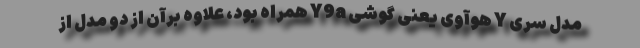
مدل سری Y هوآوی یعنی گوشی Y9a همراه بود، علاوه برآن از دو مدل از